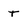
Character: T